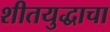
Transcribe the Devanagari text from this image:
शीतयुद्धाचा